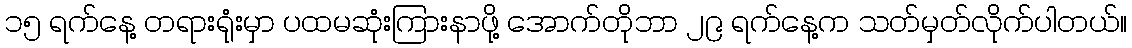
၁၅ ရက်နေ့ တရားရုံးမှာ ပထမဆုံးကြားနာဖို့ အောက်တိုဘာ ၂၉ ရက်နေ့က သတ်မှတ်လိုက်ပါတယ်။